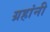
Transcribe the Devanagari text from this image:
ग्रहांनी